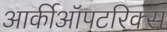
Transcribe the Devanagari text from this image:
आर्कीऑपटरिक्स